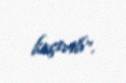
keçirib”.